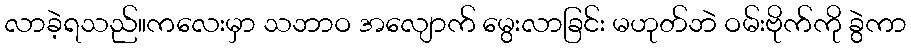
လာခဲ့ရသည်။ကလေးမှာ သဘာဝ အလျောက် မွေးလာခြင်း မဟုတ်ဘဲ ဝမ်းဗိုက်ကို ခွဲကာ